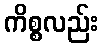
ကိစ္စလည်း